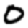
Digit: 0